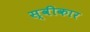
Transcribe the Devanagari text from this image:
स्वीकार